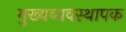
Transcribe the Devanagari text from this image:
मुख्यव्यवस्थापक